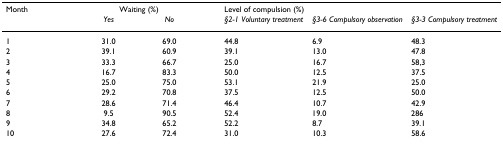
| Month | <COLSPAN=2> Waiting (%) |  | Level of compulsion (%) |  |  |
 |  | Yes | No |  | §2-1 Voluntary treatment | §3-6 Compulsory observation | §3-3 Compulsory treatment |
 | --- | --- | --- | --- | --- | --- | --- |
 | 1 | 31.0 | 69.0 |  | 44.8 | 6.9 | 48.3 |
 | 2 | 39.1 | 60.9 |  | 39.1 | 13.0 | 47.8 |
 | 3 | 33.3 | 66.7 |  | 25.0 | 16.7 | 58,3 |
 | 4 | 16.7 | 83.3 |  | 50.0 | 12.5 | 37.5 |
 | 5 | 25.0 | 75.0 |  | 53.1 | 21.9 | 25.0 |
 | 6 | 29.2 | 70.8 |  | 37.5 | 12.5 | 50.0 |
 | 7 | 28.6 | 71.4 |  | 46.4 | 10.7 | 42.9 |
 | 8 | 9.5 | 90.5 |  | 52.4 | 19.0 | 286 |
 | 9 | 34.8 | 65.2 |  | 52.2 | 8.7 | 39.1 |
 | 10 | 27.6 | 72.4 |  | 31.0 | 10.3 | 58.6 |